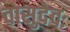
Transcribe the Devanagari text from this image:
वासुदेवः